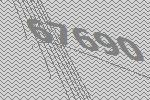
67690